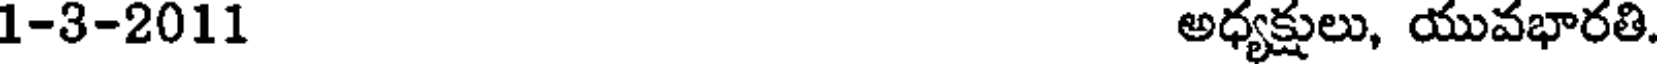
1-3-2011 అధ్యక్షులు, యువభారతి